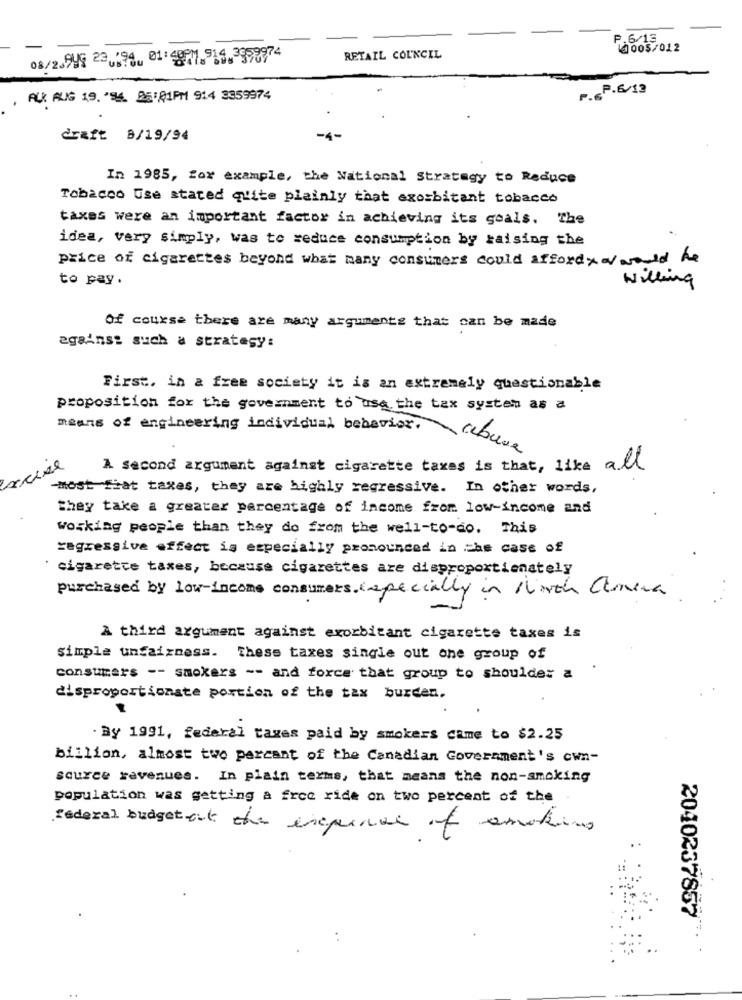
P.6/13
10005/012
08/2.949 23.194, 01:497.514.3978974
RETAIL COUNCIL
P. P.6/12
ALK AUG 19. '96. 95:01PM 914 3359974
draft 8/19/94
In 1985, for example, the National Strategy to Reduce
Tobacco Use stated quite plainly that exorbitant tobacco
taxes were an important factor in achieving its goals. The
idea, very simply, was to seduce consumption by raising the
price of cigarettes beyond what many consumers could afford y wwould be
to pay.
willing
Of course there are many arguments that can be made
against such a strategy:
First, in a free society it is an extremely questionable
proposition for the government to use the tax system as a
means of engineering individual behavior.
excise
A second argument against cigarette taxes is that, like all
-most fiat taxes, they are highly regressive. In other words,
They take a greater percentage of income from low-income and
working people than they do from the well-to-do. This
regressive effect is especially pronounced in the case of
' cigarette taxes, because cigarettes are disproportionately
purchased by low-income consumers (especially in Hirth Camera
A third argument against exorbitant cigarette taxes is
simple unfaizness. These taxes single out one group of
consumers -- smokers -- and force that group to shoulder a
disproportionate portion of the tax burden.
· By 1991, federal taxes paid by smokers came to $2.25
billion, almost two parcant of the Canadian Government's own-
source revenues. In plain terms, that means the non-smoking
population was getting a free ride on two percent of the
federal budget at the expense of smoking
2040237859
: